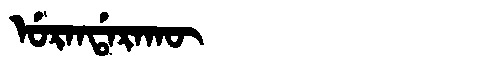
Manchu: ᡠᡵᠠᠨᡩᠠᡵᠠᡴᡡ
Romanization: URANDARAKŪ